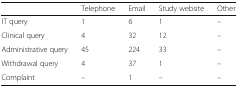
|  | Telephone | Email | Study website | Other |
 | --- | --- | --- | --- | --- |
 | IT query | 1 | 6 | 1 | – |
 | Clinical query | 4 | 32 | 12 | – |
 | Administrative query | 45 | 224 | 33 | – |
 | Withdrawal query | 4 | 37 | 1 | – |
 | Complaint | – | 1 | – | – |